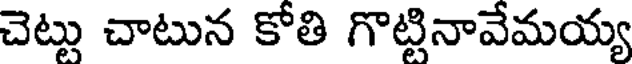
చెట్టు చాటున కోతి గొట్టినావేమయ్య